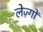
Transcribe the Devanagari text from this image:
लेज़्गों